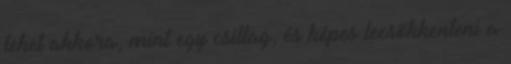
lehet akkora, mint egy csillag, és képes lecsökkenteni a